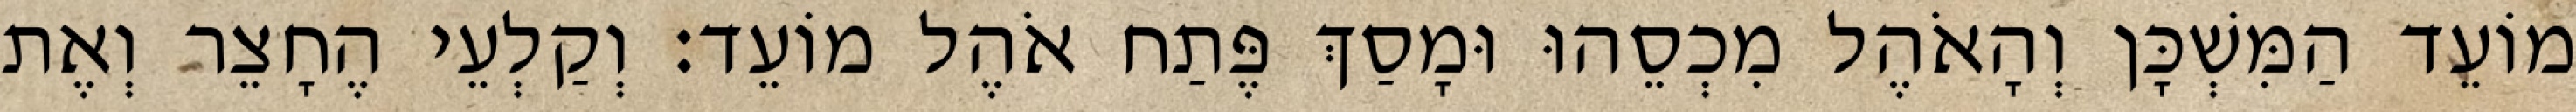
מוֹעֵד הַמִּשְׁכָּן וְהָאֹהֶל מִכְסֵהוּ וּמָסַךְ פֶּתַח אֹהֶל מוֹעֵד׃ וְקַלְעֵי הֶחָצֵר וְאֶת